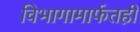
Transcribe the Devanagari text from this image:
विभागामार्फतही